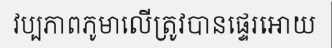
វប្បភាពភូមាលើត្រូវបានផ្ទេរអោយ